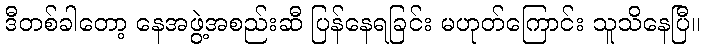
ဒီတစ်ခါတော့ နေအဖွဲ့အစည်းဆီ ပြန်နေရခြင်း မဟုတ်ကြောင်း သူသိနေပြီ။